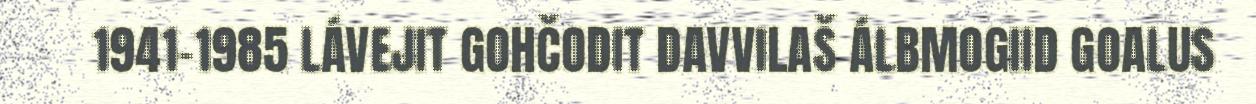
1941-1985 LÁVEJIT GOHČODIT DAVVILAŠ ÁLBMOGIID GOALUS